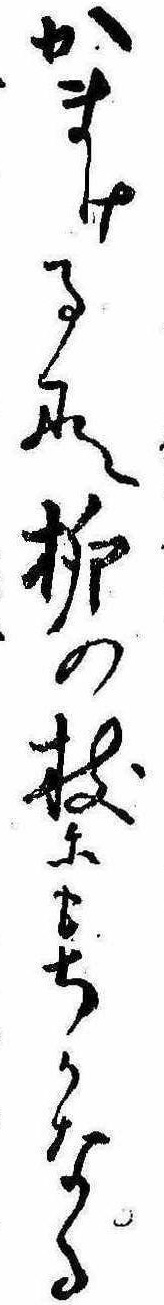
かまけるな柳の枝にもちかなる